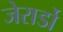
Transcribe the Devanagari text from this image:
जेरार्डो